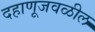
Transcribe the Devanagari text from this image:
दहाणूजवळील